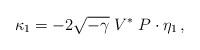
LaTeX: \begin{align*}\kappa_1 = - 2 \sqrt{-\gamma} \; V^* \; P \cdot \eta_1 \,,\end{align*}